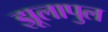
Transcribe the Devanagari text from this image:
झूलापुल